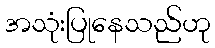
အသုံးပြုနေသည်ဟု